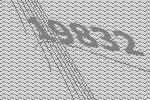
19832